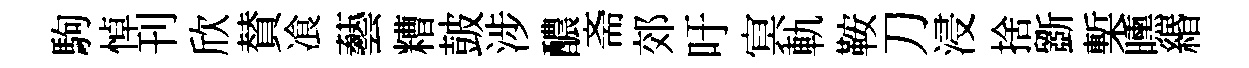
駒悼刊欣賛飡藝糟皷涉醲斋郊吁㝠軌鞍刀浸捨斵槧曛緡